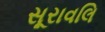
સૂરાવલિ